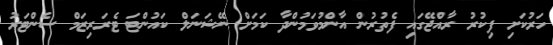
ހަރުކަށި ފިކުރު ރާއްޖޭގައި ފެތުރުން އާންމުވަމުންދާ ކަމަށް ނޭޝަނަލް ކައުންޓަ ޓެރަރިޒަމް ސެންޓަރު